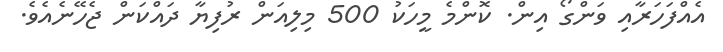
އެއްފަހަރާއި ވަންގޯ އިން. ކޮންމެ މީހަކު 500 މިލިއަން ރުފިޔާ ދައްކަން ޖެހޭނެއެވެ.